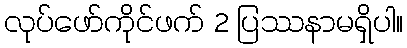
လုပ်ဖော်ကိုင်ဖက် 2 ပြဿနာမရှိပါ။